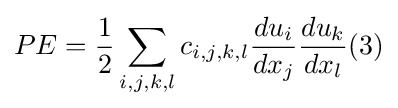
PE={\frac {1}{2}}\sum _{i,j,k,l}c_{i,j,k,l}{\frac {du_{i}}{dx_{j}}}{\frac {du_{k}}{dx_{l}}}(3)